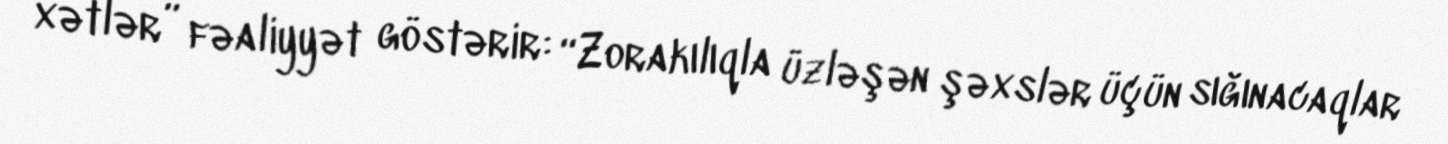
xətlər” fəaliyyət göstərir: “Zorakılıqla üzləşən şəxslər üçün sığınacaqlar